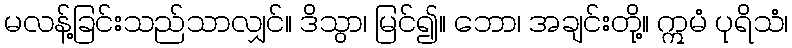
မလန့်ခြင်းသည်သာလျှင်။ ဒိသွာ၊ မြင်၍။ ဘော၊ အချင်းတို့။ ဣမံ ပုရိသံ၊